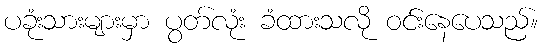
ပခုံးသားများမှာ ပွတ်လုံး ခံထားသလို ဝင်းနေပေသည်။